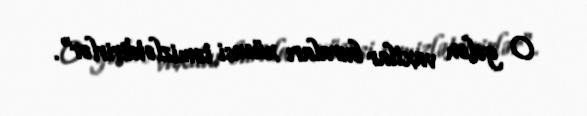
O gələn vaxtlar buraları xüsusi təmizlətdirirlər”.